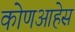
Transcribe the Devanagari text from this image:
कोणआहेस